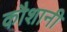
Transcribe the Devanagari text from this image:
कौशानी